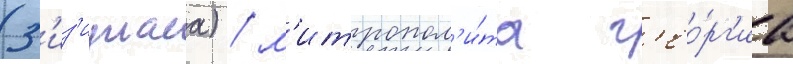
(з'из'иуласа) / м'итропол'и́та г'ео́рг'иа